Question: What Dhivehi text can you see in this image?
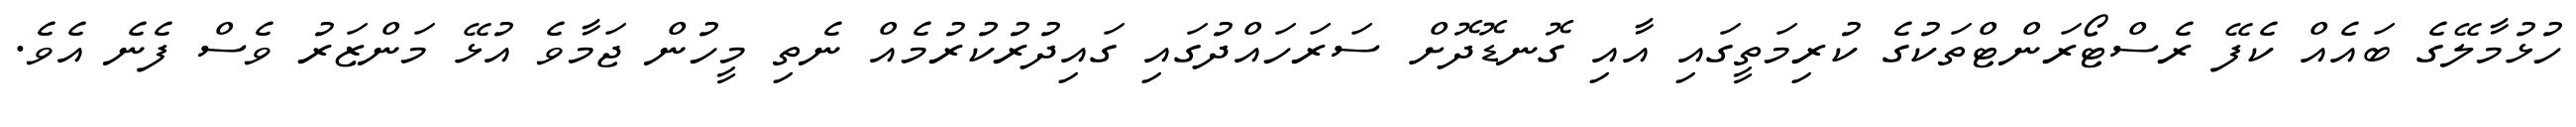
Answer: ހުޅުމާލޭގެ ބައެއް ކެފޭ ރެސްޓޯރަންޓްތަކުގެ ކުރިމަތީގައި އާއި ގޮނޑޮދޮށް ސަރަހައްދުގައި ގައިދުރުކުރުމެއް ނެތި މީހުން ޖަމާވެ އުޅޭ މަންޒަރު ވެސް ފެނެ އެވެ.